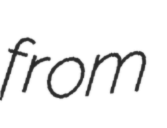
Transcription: from